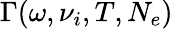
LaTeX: \Gamma(\omega,\nu_{i},T,N_{e})